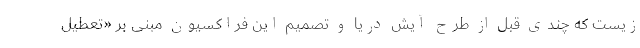
زیست که چندی قبل از طرح آیش دریا و تصمیم این فراکسیون مبنی بر «تعطیل